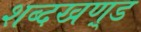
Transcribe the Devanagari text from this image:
शब्दखण़्ड